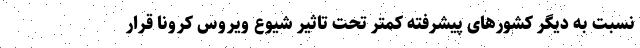
نسبت به دیگر کشورهای پیشرفته کمتر تحت تاثیر شیوع ویروس کرونا قرار